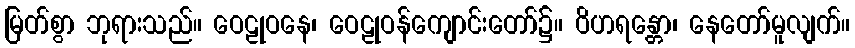
မြတ်စွာ ဘုရားသည်။ ဝေဠုဝနေ၊ ဝေဠုဝန်ကျောင်းတော်၌။ ဝိဟရန္တော၊ နေတော်မူလျက်။